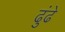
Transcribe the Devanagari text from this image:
ढुंढे